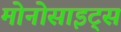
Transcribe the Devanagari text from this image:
मोनोसाइट्स